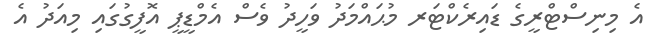
އެ މިނިސްޓްރީގެ ޑައިރެކްޓަރ މުޙައްމަދު ވަހީދު ވެސް އެމްޑީޕީ އޮފީގުގައި މިއަދު އެ